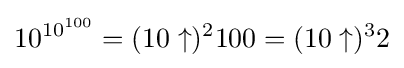
10^{10^{100}}=(10\uparrow )^{2}100=(10\uparrow )^{3}2